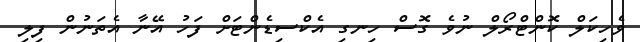
ވެހިކަލް ކޮންޓްރޯލް ނުވެ ގޮސް ހިނގި އެކްސިޑެންޓަށް ފަހު އޭނާ އެތަނުން ފިލި